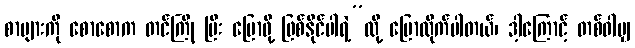
စာများကို စောစောက တင်ကြို ပြီး ပြောဖို့ ဖြစ်နိုင်ပါရဲ့”လို့ ပြောလိုက်ပါတယ်၊ ဒါ့ကြောင့် တစ်ဝါမျှ